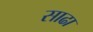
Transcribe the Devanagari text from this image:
साढा